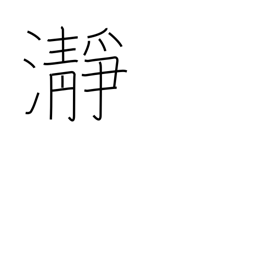
Meaning: clear water